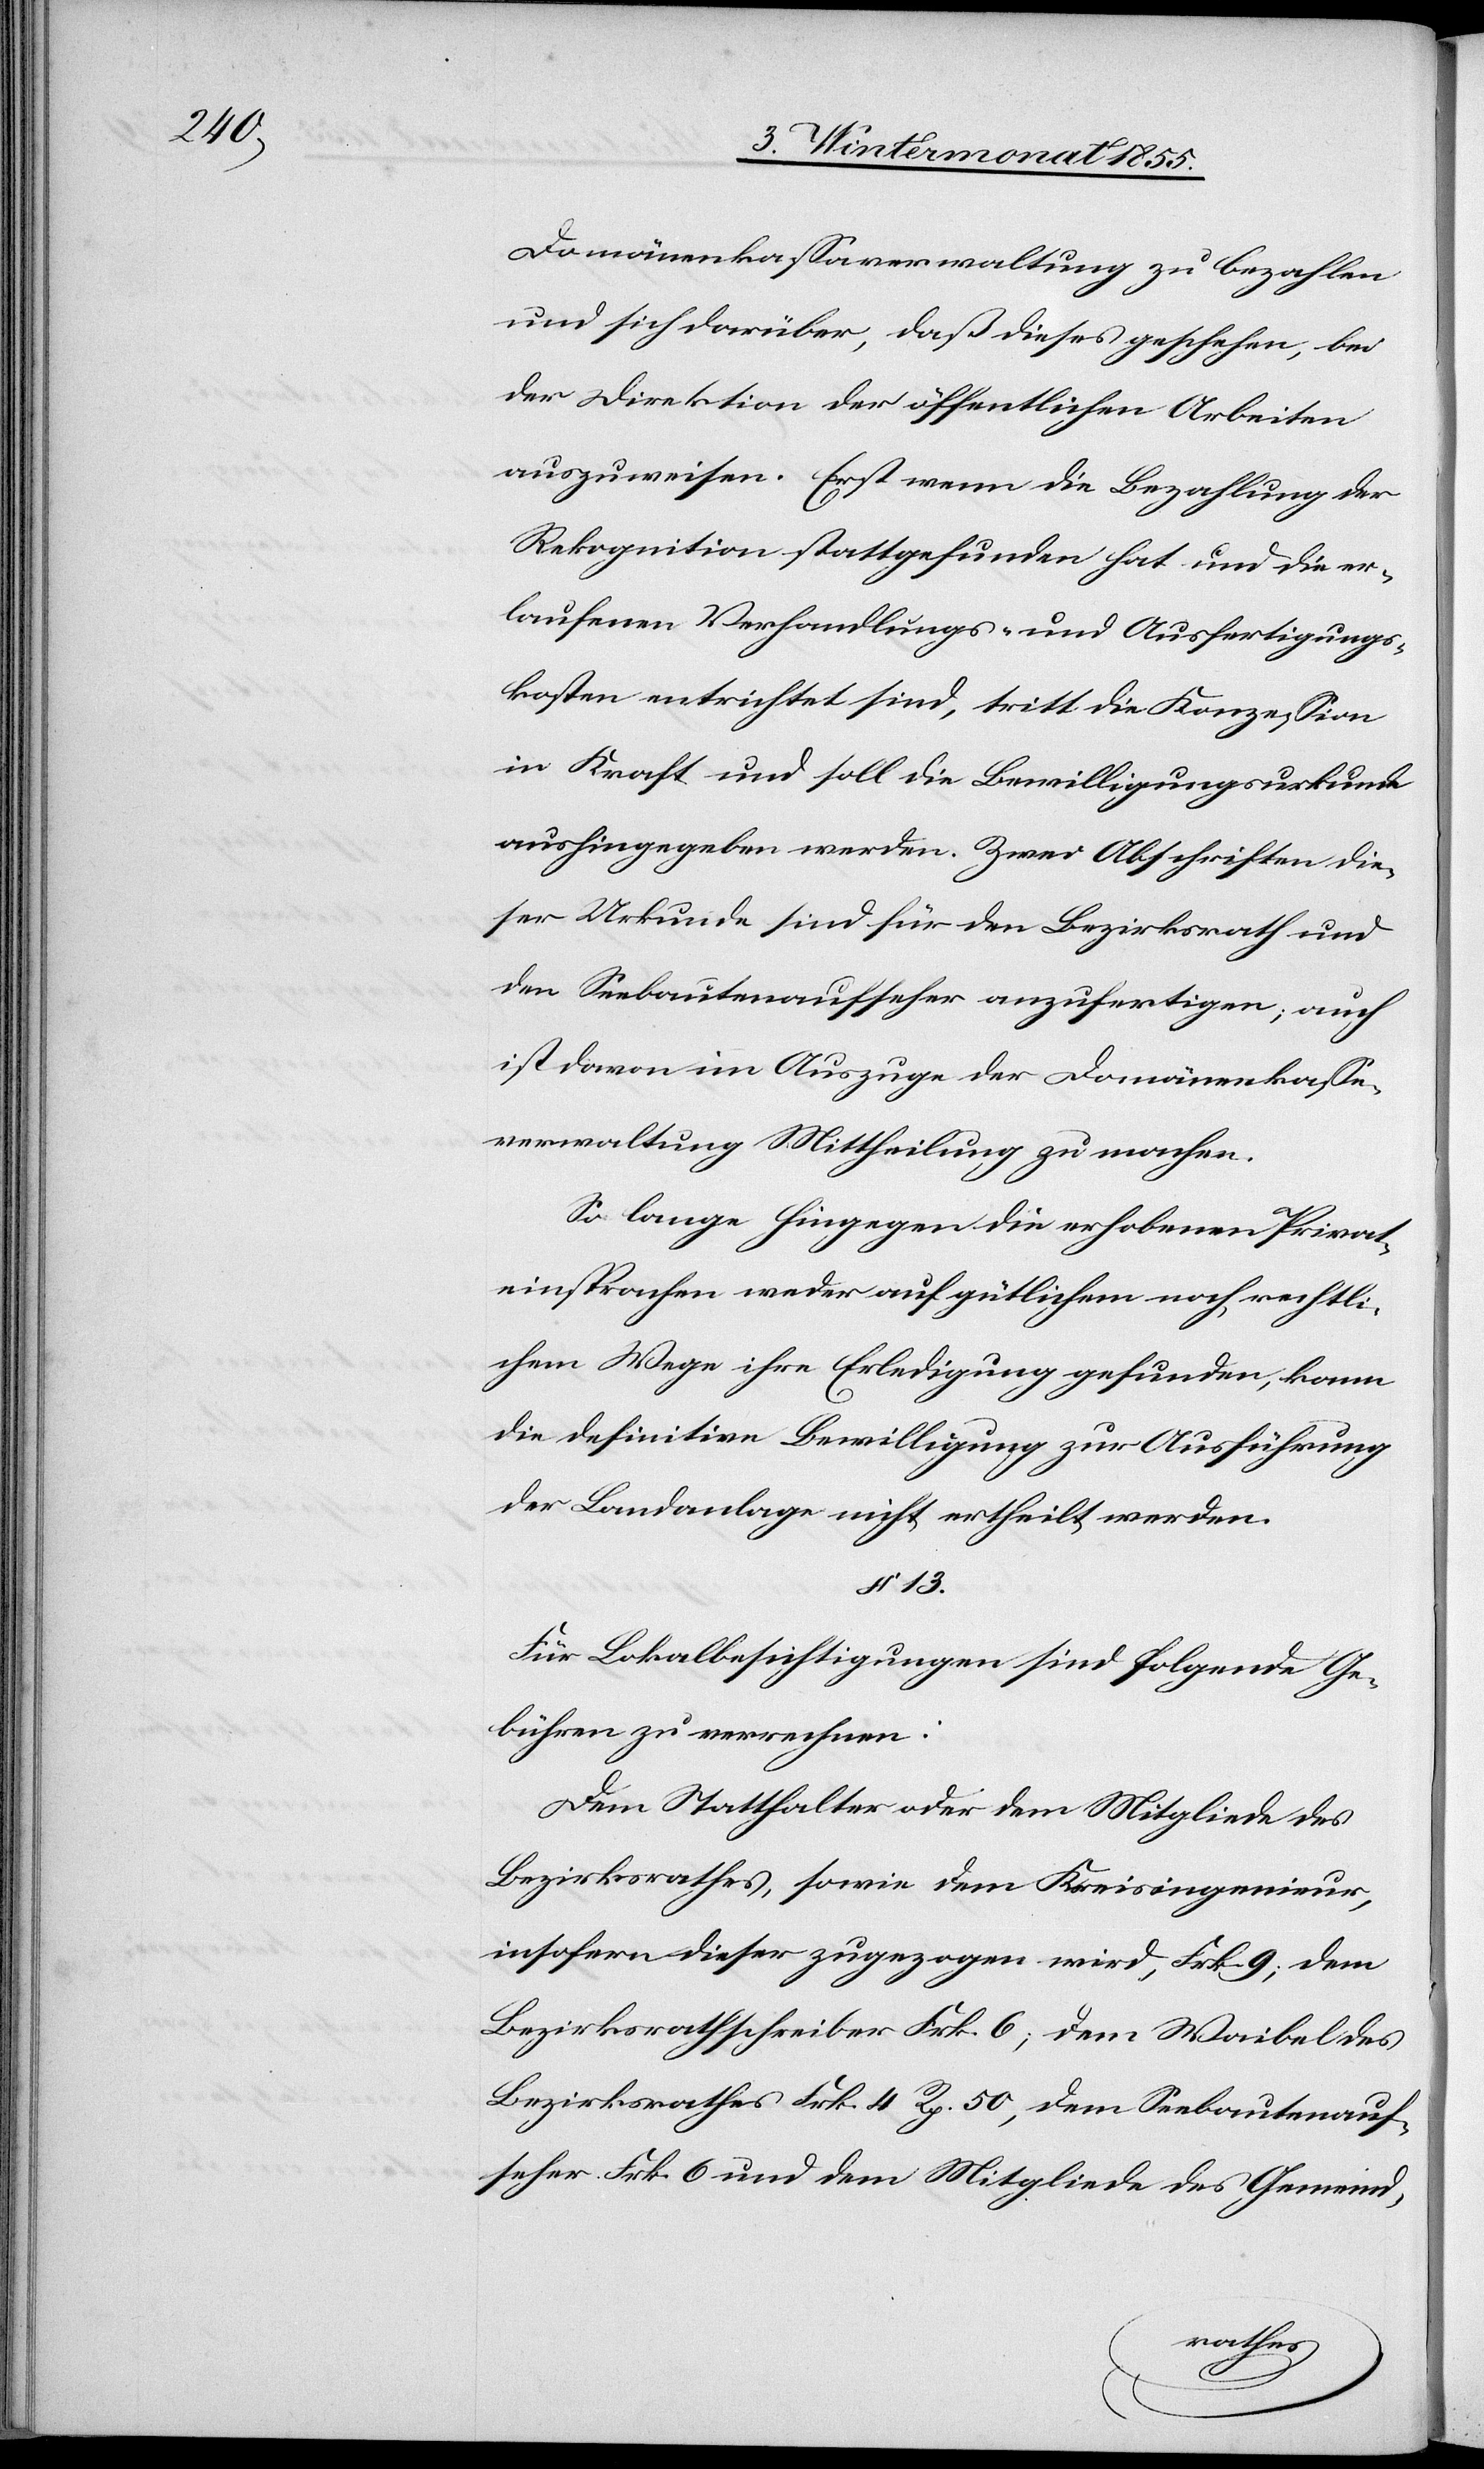
Domänenkassaverwaltung zu bezahlen
und sich darüber, daß dieses geschehen, bei
der Direktion der öffentlichen Arbeiten
auszuweisen. Erst wenn die Bezahlung der
Rekognition stattgefunden hat und die er¬
laufenen Verhandlungs- und Ausfertigungs¬
kosten entrichtet sind, tritt die Konzession
in Kraft und soll die Bewilligungsurkunde
aushingegeben werden. Zwei Abschriften die¬
ser Urkunde sind für den Bezirksrath und
den Seebautenaufseher anzufertigen; auch
ist davon im Auszuge der Domänenkasse¬
verwaltung Mittheilung zu machen.
So lange hingegen die erhobenen Privat¬
einsprachen weder auf gütlichem noch rechtli¬
chem Wege ihre Erledigung gefunden, kann
die definitive Bewilligung zur Ausführung
der Landanlage nicht ertheilt werden.
§ 13.
Für Lokalbesichtigungen sind folgende Ge¬
bühren zu verrechnen:
Dem Statthalter oder dem Mitgliede des
Bezirksrathes, sowie dem Kreisingenieur,
insofern dieser zugezogen wird, Frk. 9; dem
Bezirksrathschreiber Frk. 6; dem Waibel des
Bezirksrathes Frk. 4 Rp. 50, dem Seebautenauf¬
seher Frk. 6 und dem Mitgliede des Gemeind-